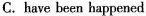
C.have been happened